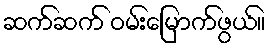
ဆက်ဆက် ဝမ်းမြောက်ဖွယ်။